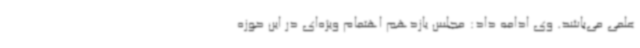
علمی می‌باشد. وی ادامه داد: مجلس یازدهم اهتمام ویژه‌ای در این حوزه